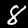
Digit: 8